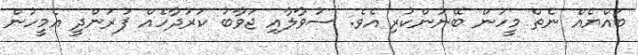
ބައްޔެއް ނެތް މީހުން ބޭނުންކުރި އެވެ. ސުވާލާއި ޖަވާބު ކަރުދާހެއް ފުރަންދީ އެމީހުން